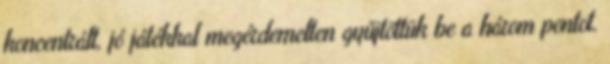
koncentrált, jó játékkal megérdemelten gyűjtöttük be a három pontot.